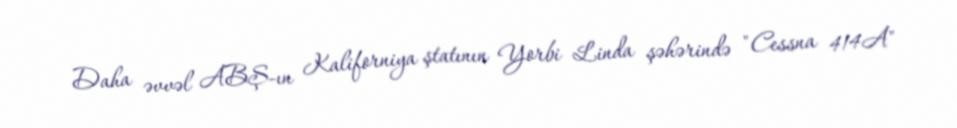
Daha əvvəl ABŞ-ın Kaliforniya ştatının Yorbi Linda şəhərində "Cessna 414A"